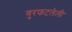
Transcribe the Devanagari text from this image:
गुरफटलेली